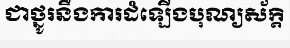
ជាថ្នូរនឹងការដំឡើងបុណ្យស័ក្តិ